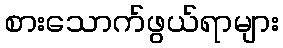
စားသောက်ဖွယ်ရာများ